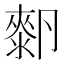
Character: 𰆓